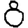
Digit: 8